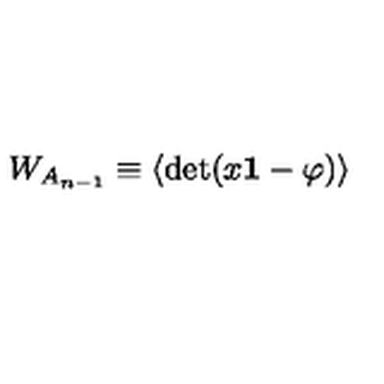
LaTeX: W _ { A _ { n - 1 } } \equiv \langle \mathrm { d e t } ( x { \bf 1 } - \varphi ) \rangle